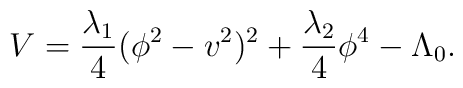
V={\lambda_1 \over 4} (\phi^2 - v^2)^2 + {\lambda_2 \over 4} \phi^4 -\Lambda_0.